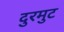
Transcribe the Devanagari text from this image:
दुरमुट